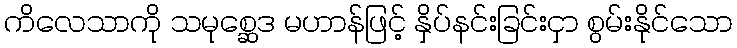
ကိလေသာကို သမုစ္ဆေဒ မဟာန်ဖြင့် နှိပ်နင်းခြင်းငှာ စွမ်းနိုင်သော